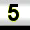
Digit: 5